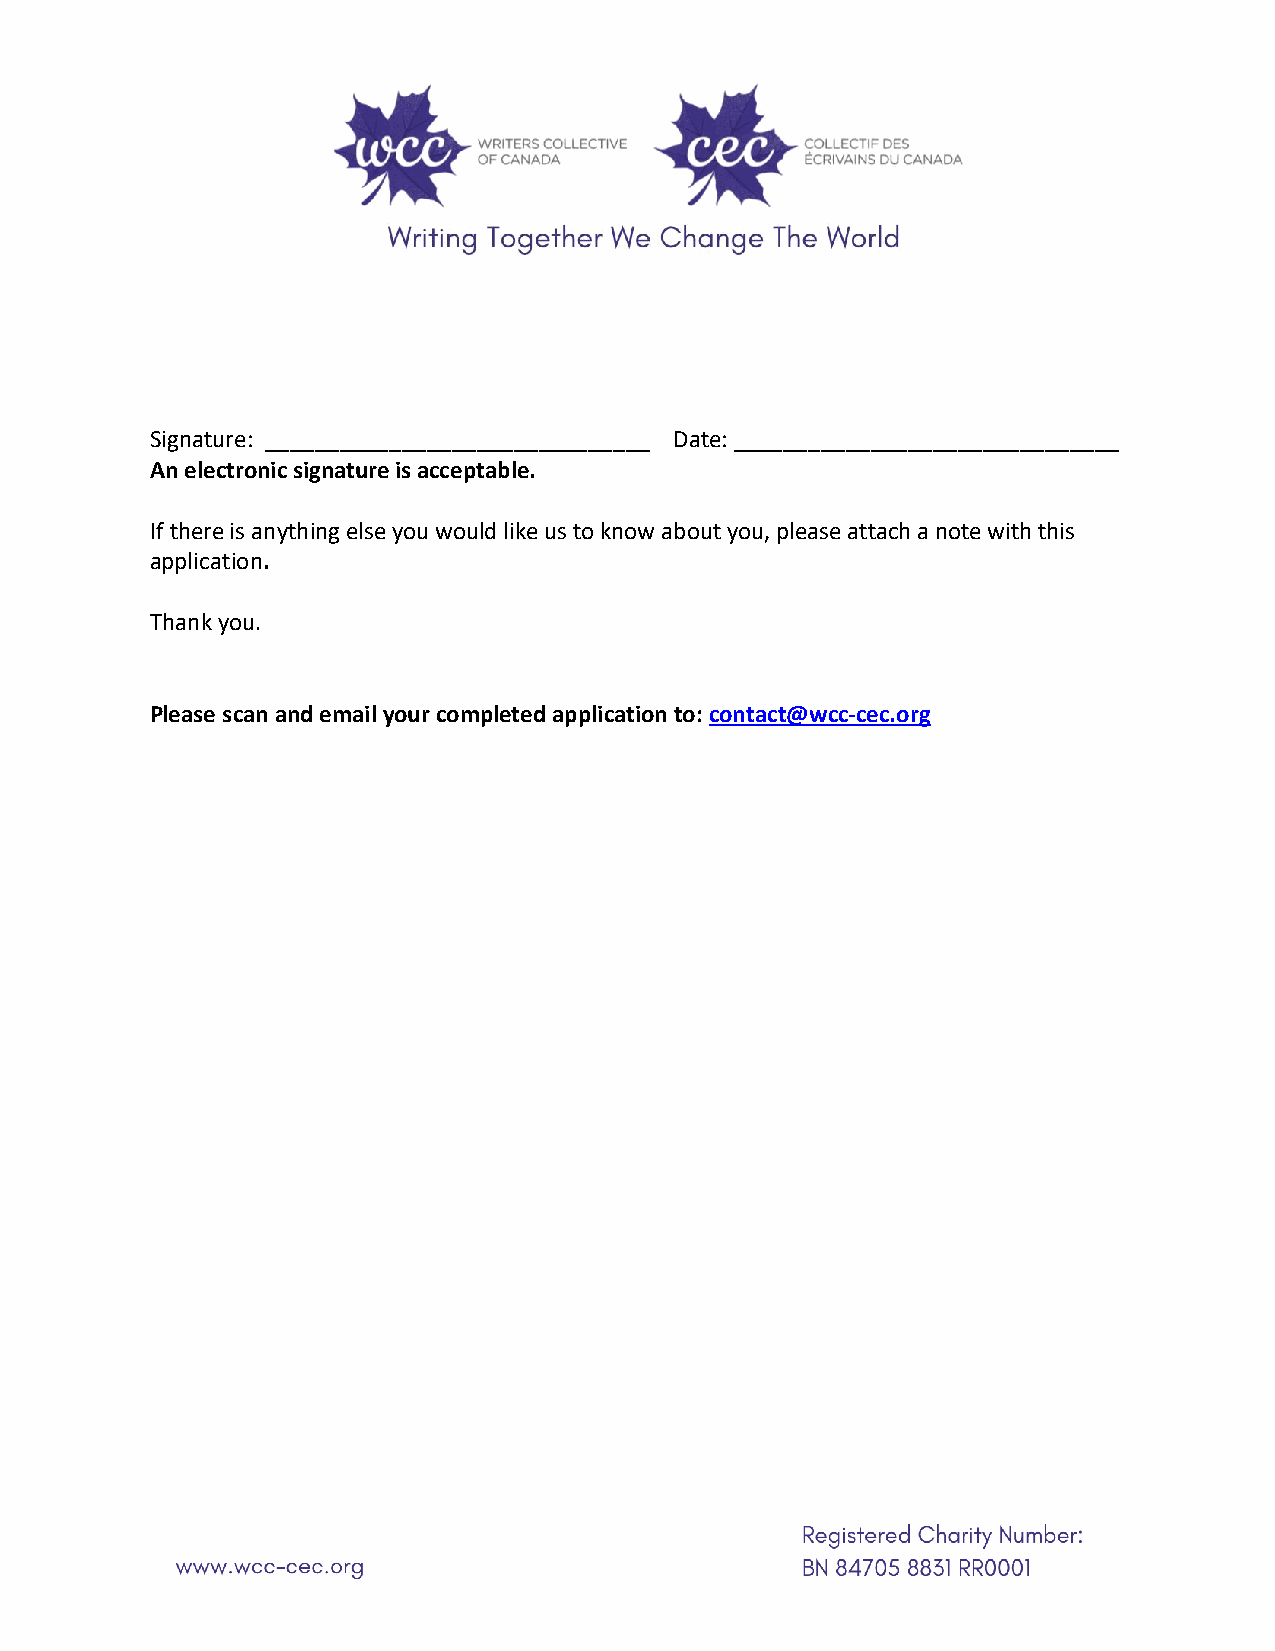
Signature: _______________________________ Date: _______________________________
 An electronic signature is acceptable.
 If there is anything else you would like us to know about you, please attach a note with this
 application.
 Thank you.
 Please scan and email your completed application to: contact@wcc-cec.org